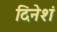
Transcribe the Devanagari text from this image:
दिनेशं